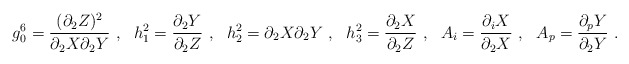
\begin{align*}g_0^6 = \frac{(\partial_2Z)^2}{\partial_2X\partial_2Y} ~,~~ h_1^2 = \frac{\partial_2Y}{\partial_2Z} ~,~~ h_2^2 = \partial_2X\partial_2Y ~,~~ h_3^2 = \frac{\partial_2X}{\partial_2Z} ~,~~ A_i = \frac{\partial_iX}{\partial_2X} ~,~~ A_p = \frac{\partial_pY}{\partial_2Y} ~.\end{align*}